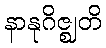
နာနုဂိဇ္ဈတိ